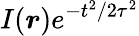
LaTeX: I(\boldsymbol{r})e^{-t^{2}/2\tau^{2}}